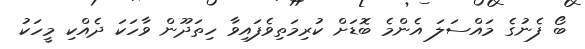
ބޯ ފެނުގެ މައްސަލަ އެންމެ ބޮޑަށް ކުރިމަތިވެފައިވާ ހިތަދޫން ވާހަކަ ދެއްކި މީހަކު